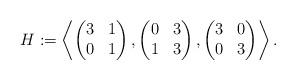
LaTeX: \begin{align*}H:=\left\langle\begin{pmatrix}3&1\\0&1\end{pmatrix},\begin{pmatrix}0&3\\1&3\end{pmatrix},\begin{pmatrix}3&0\\0&3\end{pmatrix}\right\rangle.\end{align*}